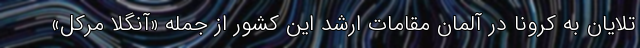
تلایان به کرونا در آلمان مقامات ارشد این کشور از جمله «آنگلا مرکل»